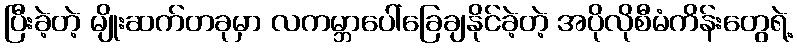
ပြီးခဲ့တဲ့ မျိုးဆက်တခုမှာ လကမ္ဘာပေါ်ခြေချနိုင်ခဲ့တဲ့ အပိုလိုစီမံကိန်းတွေရဲ့